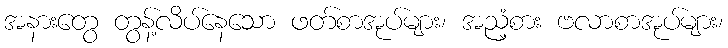
အနားတွေ တွန့်လိပ်နေသော ဖတ်စာအုပ်များ၊ အညံ့စား ဗလာစာအုပ်များ၊